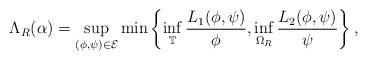
LaTeX: \begin{align*}\Lambda_R (\alpha) = \sup_{(\phi, \psi) \in \mathcal{E}} \min \left\{ \inf_{\mathbb{T}} \frac{L_1 (\phi,\psi)}{\phi} , \inf_{\Omega_R} \frac{L_2 (\phi,\psi)}{\psi} \right\},\end{align*}